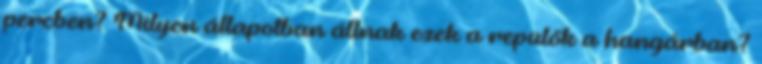
percben? Milyen állapotban állnak ezek a repülők a hangárban?